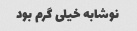
نوشابه خیلی گرم بود